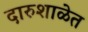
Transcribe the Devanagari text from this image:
दारुशाळेत